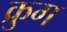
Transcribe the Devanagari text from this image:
क्रुग